Civil Veterinary Dept. North-West Frontier Province 1933-46 - 1933-1946
Year: 1933
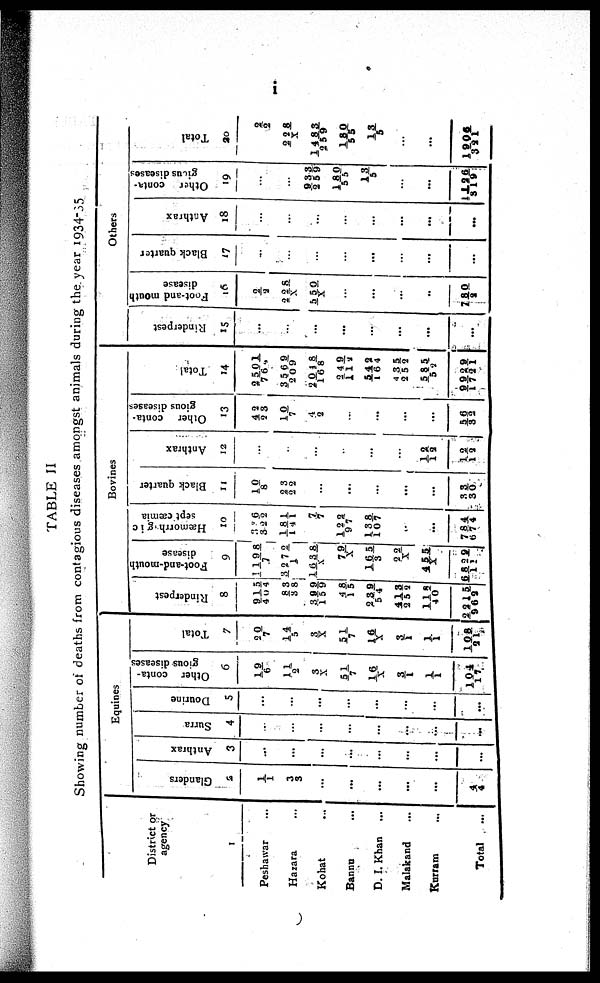
i
TABLE II
Showing number of deaths from contagious diseases amongst animals during the year 1934-35
District or
agency
1
Peshawar ...
Hazara ...
Kohat ...
Banna ...
D. I. Khan ...
Malakand ...
Kurram ...
Total ...
Equines
Glanders
2
1/1
3/3
...
...
...
...
...
4/ 4
Anthrax
3
...
...
...
...
...
...
...
...
Surra
4
...
...
...
...
...
...
....
...
Dourine
5
...
...
...
...
...
...
...
...
Other conta-
gious diseases
6
19/6
11/2
3/X
51/7
16/X
3/ 1
1/1
104/17
Total
7
20/ 7
14/5
3/X
51/7
16/X
3/1
1/1
108/21
Bovines
Rinderpest
8
915/404
83/38
399/159
48/15
239/54
413/252
115/40
2215/962
Foot-and-mouth
disease
9
1198/7
3272/1
1638/X
79/X
165/3
22/X
455/X
6829/11
Hæmorrhagic
septicæmia
10
326/322
181/141
7/7 122/97
138/107
..
...
784/674
Black quarter
11
10/8
23/22
...
...
...
...
...
33/30
Anthrax
12
...
...
...
...
...
12/12
12/12
Other conta-
gious diseases
13
42/23
10/7
4/ 2
...
...
...
...
56/32
Total
14
2501/764
3569/209
4048/168
249/112
542/164
435/252
585/52
9929/1721
Others
Rinderpest
15
...
...
...
...
...
...
...
...
Foot-and mouth
disease
16
2/ 2
228/ X
550/X
...
...
...
..
780/2
Black quarter
17
...
...
...
...
...
...
...
...
Anthrax
18
...
...
...
...
...
...
...
...
Other conta-
gious diseases
19
...
...
933/259
180/55
13/5
...
...
1126/319
Total
20
2/2
228/X
1483/259
180/55
13/5
...
...
1926/321